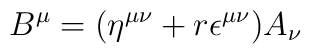
B^{\mu} = (\eta^{\mu\nu} + r\epsilon^{\mu\nu})A_{\nu}